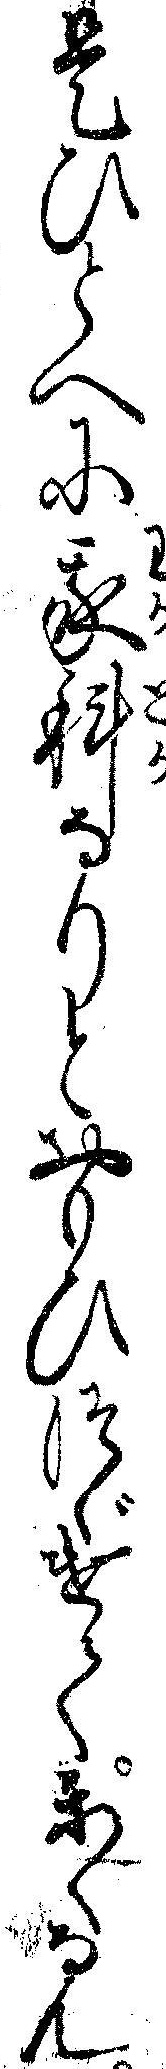
是ひとへに我科なりとおもひつゞけてかくなん